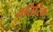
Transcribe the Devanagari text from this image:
यतिरिक्त